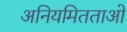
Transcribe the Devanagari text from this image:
अनियमितताओ